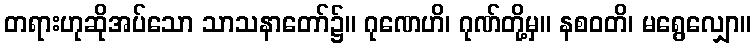
တရားဟုဆိုအပ်သော သာသနာတော်၌။ ဂုဏေဟိ၊ ဂုဏ်တို့မှ။ နစဝတိ၊ မရွေလျှော။